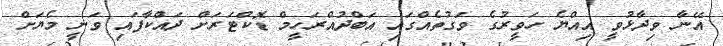
އޭނާ ވިދާޅުވީ އިއްޔެ ހަވީރުގެ ވަގުތެއްގައި އަބްދުއްރަހީމް ޑޮކްޓަރަށް ދައްކާފައި ވަނީ މެޔަށް